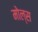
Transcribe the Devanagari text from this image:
मोल्स